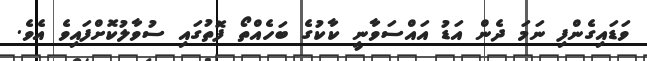
ވަޑައިގެންފި ނަމަ ދެން އަޑު އައްސަވާނީ ކާކުގެ ބަހެއްތޯ ފޮތުގައި ސުވާލުކޮށްފައިވެ އެވެ.